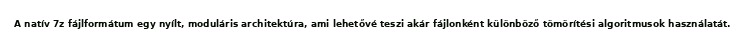
A natív 7z fájlformátum egy nyílt, moduláris architektúra, ami lehetővé teszi akár fájlonként különböző tömörítési algoritmusok használatát.